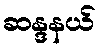
ဆန္ဒနယ်